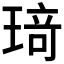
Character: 𤦺